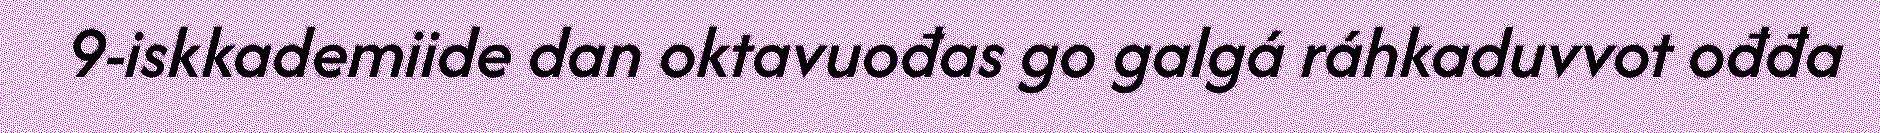
9-iskkademiide dan oktavuođas go galgá ráhkaduvvot ođđa